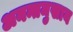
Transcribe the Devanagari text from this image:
अनन्तमुखाय